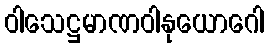
ဝါသေဋ္ဌမာဏဝါနုယောဂေါ